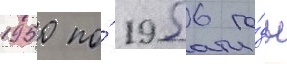
1950 по́ 1956 го́ды